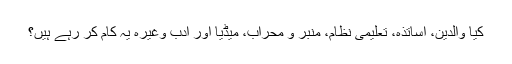
کیا والدین، اساتذہ، تعلیمی نظام، منبر و محراب، میڈیا اور ادب وغیرہ یہ کام کر رہے ہیں؟